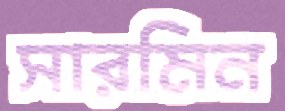
সারমিন